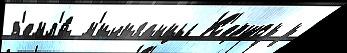
з'емл'и́ м'ичиганцы К'ершоу у